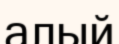
алый